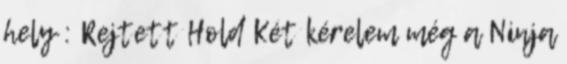
hely : Rejtett Hold Két kérelem még a Ninja